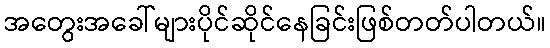
အတွေးအခေါ်များပိုင်ဆိုင်နေခြင်းဖြစ်တတ်ပါတယ်။